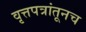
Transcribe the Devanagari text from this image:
वृत्तपत्रांतूनच